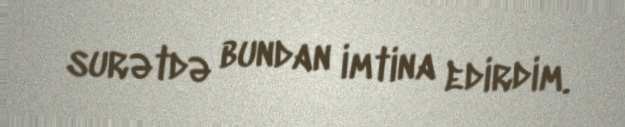
surətdə bundan imtina edirdim.